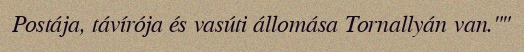
Postája, távírója és vasúti állomása Tornallyán van.""